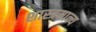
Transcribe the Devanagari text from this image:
शास्त्रमान्य